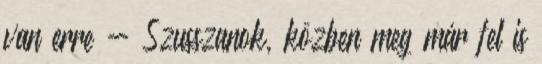
van erre - Szusszanok, közben meg már fel is